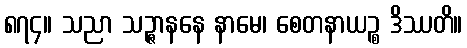
၈၇၄။ သညာ သဉ္ဇာနနေ နာမေ၊ စေတနာယဉ္စ ဒိဿတိ။